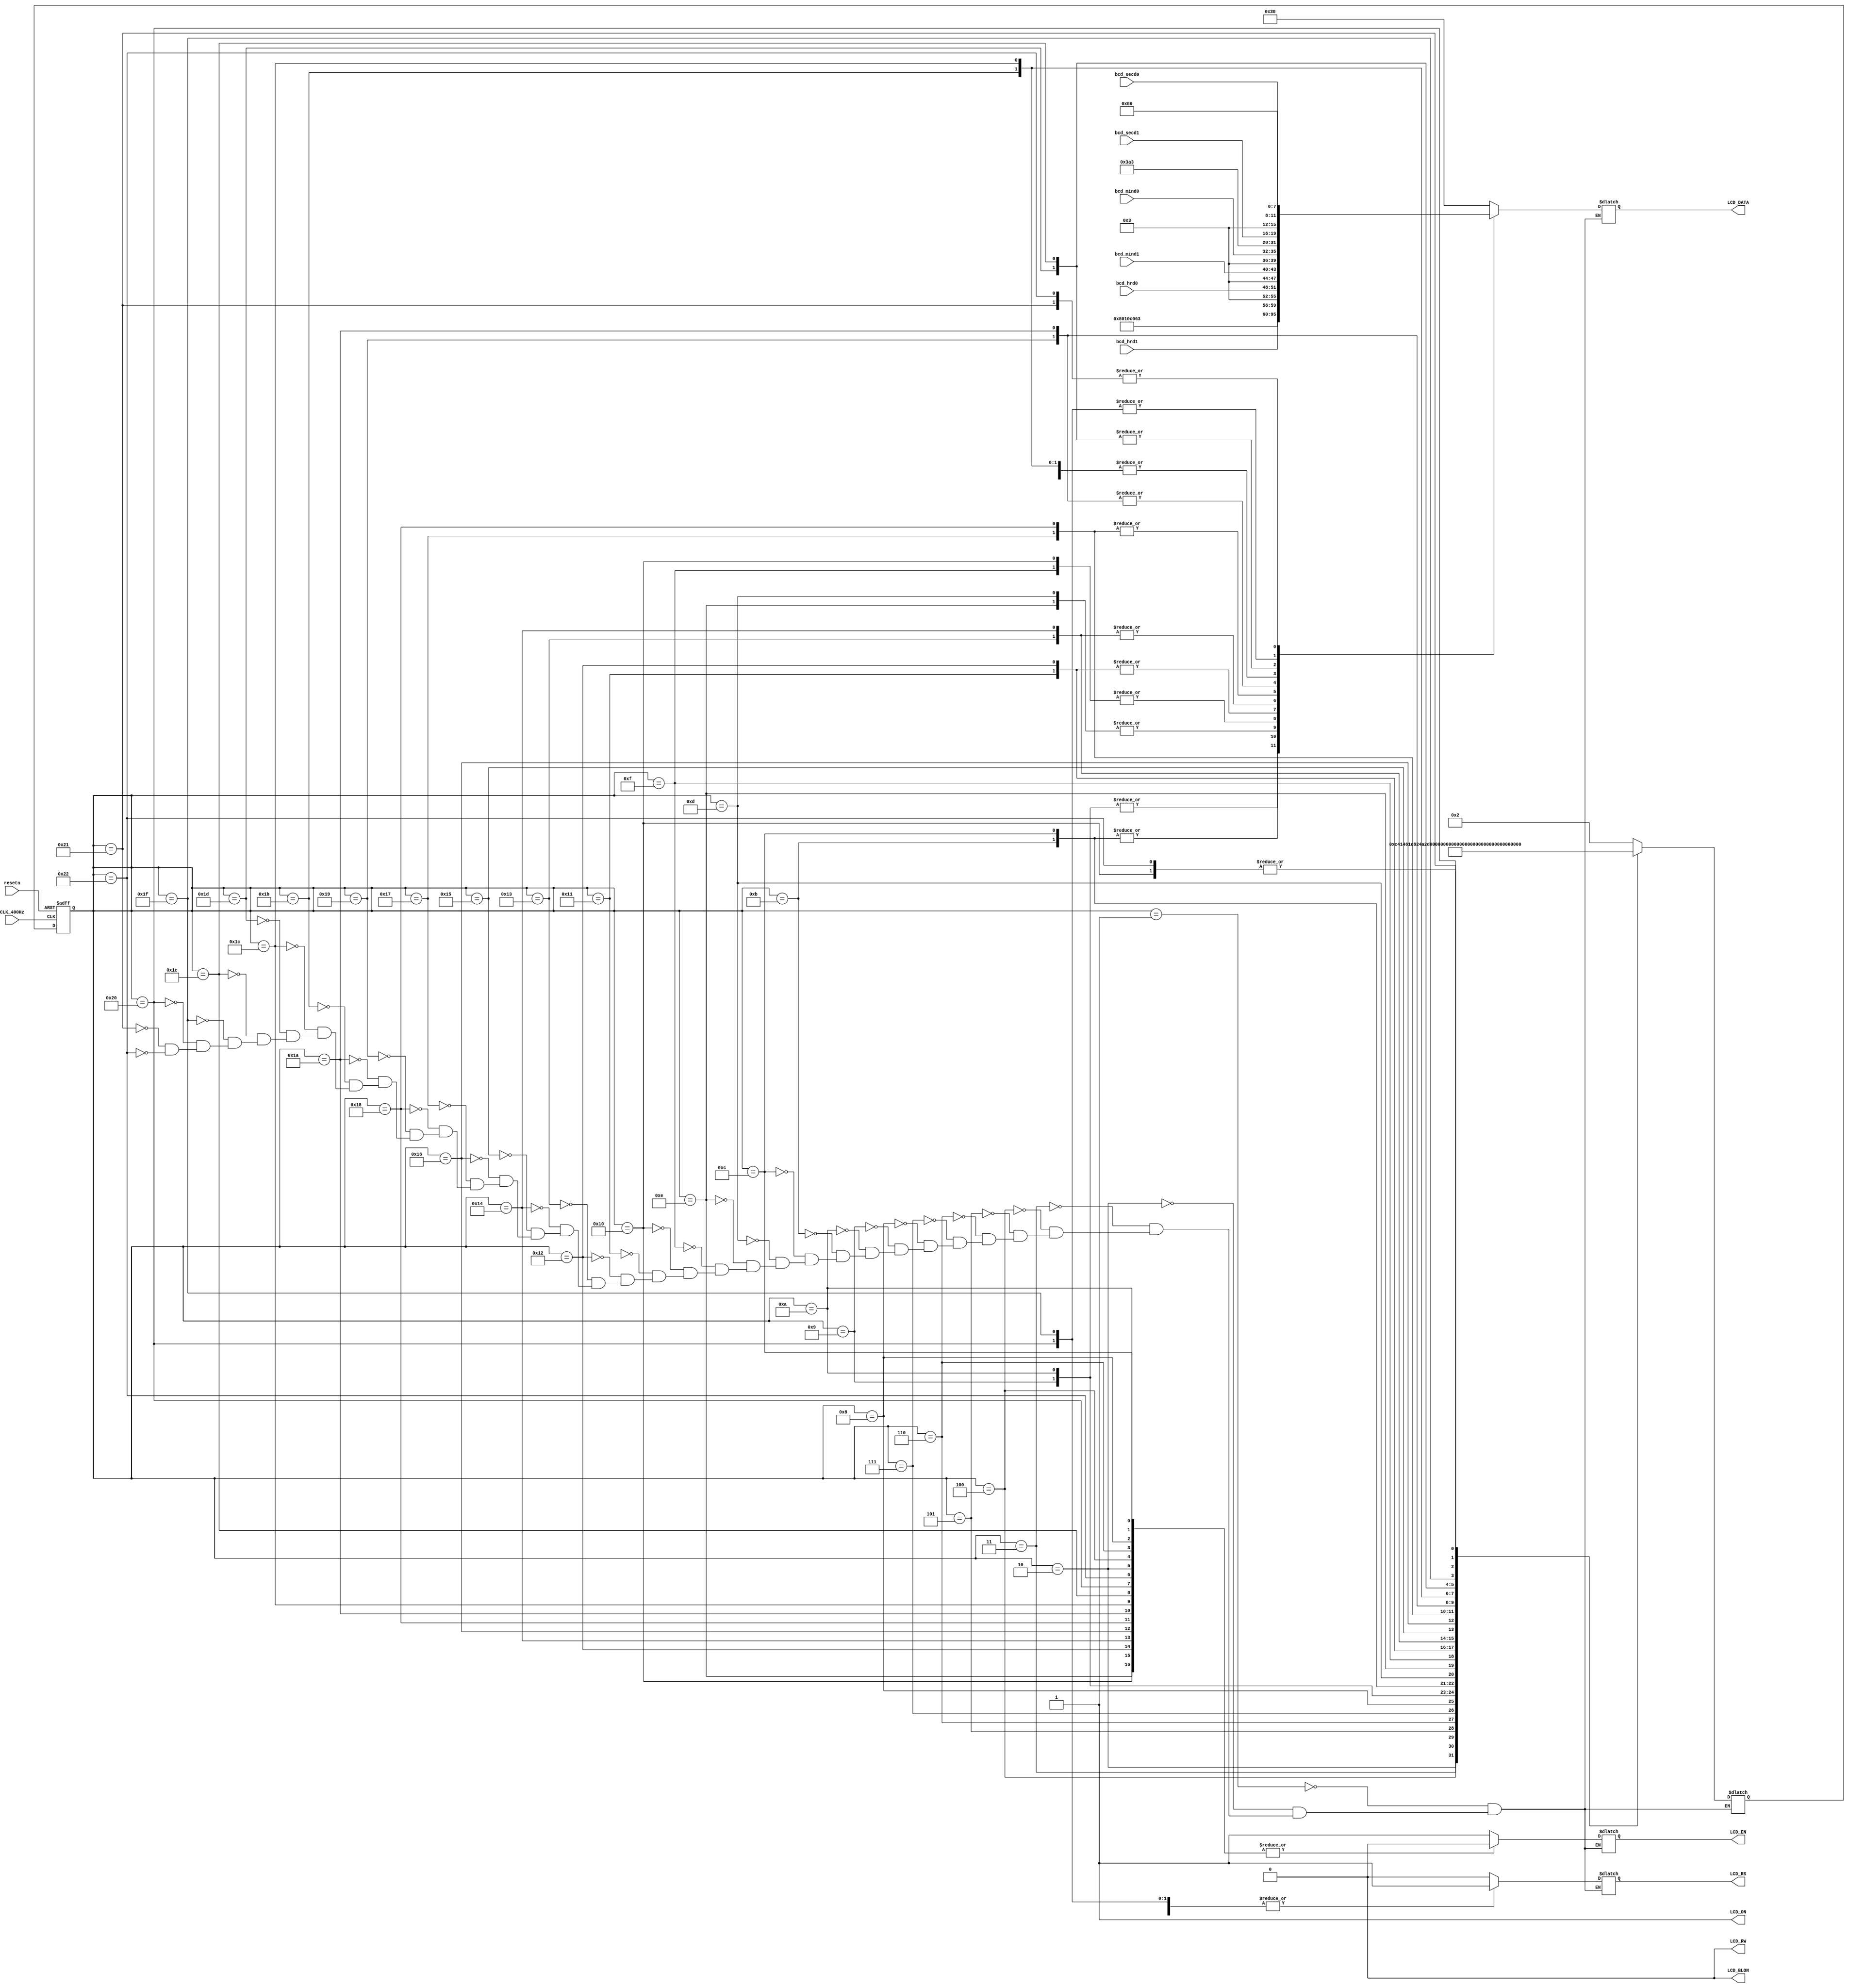
module fsm_lcd(
    CLK_400Hz, //   - 400 
    resetn,    //  ,   
    // ::,      - 
    bcd_hrd1, bcd_hrd0, bcd_mind1, bcd_mind0, bcd_secd1, bcd_secd0, // 
    LCD_ON, //       
    LCD_BLON, 
    LCD_RS, // Select registers, 0 -    , 
    // 1 -    
    LCD_EN, // Start data read/write - ,  /  
    //    1    0
    LCD_RW, // Select read or write, 0 - , 1 - . 
    LCD_DATA // 8-bit Data bus - 8-  
);

    //      
    input CLK_400Hz, resetn;
    input[3:0] bcd_hrd1, bcd_hrd0, bcd_mind1, bcd_mind0, bcd_secd1, bcd_secd0;
    output LCD_ON, LCD_BLON, LCD_RS, LCD_EN, LCD_RW;
    output[7:0] LCD_DATA;

    //   
    reg[5:0] p_state, n_state; //      
    // , 
    reg LCD_EN, LCD_RS; // ,     
    reg[7:0] LCD_DATA_VALUE;

    //    
    parameter[5:0] reset1 = 1, toggle_e1 = 2, reset2 = 3, toggle_e2 = 4, 
        reset3 = 5, toggle_e3 = 6, func_set = 7, toggle_e4 = 8, 
        display_off = 9, toggle_e5 = 10, display_clear = 11, toggle_e6 = 12,
        display_on = 13, toggle_e7 = 14, mode_set = 15, toggle_e8 = 16, 
        write_char1 = 17, toggle_e9 = 18, write_char2 = 19, toggle_e10 = 20,
        write_char3 = 21, toggle_e11 = 22, write_char4 = 23, toggle_e12 = 24,
        write_char5 = 25, toggle_e13 = 26, write_char6 = 27, toggle_e14 = 28,
        write_char7 = 29, toggle_e15 = 30, write_char8 = 31, toggle_e16 = 32,
        return_home = 33, toggle_e17 = 34;
    assign LCD_ON = 1; //  
    assign LCD_BLON = 0;
    assign LCD_RW = 0; //       
    //    ,   ,  
    //  ,   
    assign LCD_DATA = LCD_RW ? 8'bzzzzzzzz: LCD_DATA_VALUE;

    //     
    //       p_state
    always @(p_state) begin
        case (p_state)
            //   
            reset1: begin 
                n_state = toggle_e1; //   - toggle_e1
                //  ,    LCD_EN  1
                {LCD_EN, LCD_RS} = 2'b10;
                // Function set: DL=1, N=1, F=0 - 8-  , 
                // 2 ,   5*8
                LCD_DATA_VALUE = 8'h38; 
            end


            toggle_e1 : begin
                n_state = reset2;
                //  :    
                // LCD_EN  0,  LCD_RS  0 (   
                //  )
                {LCD_EN, LCD_RS} = 2'b00;
                LCD_DATA_VALUE = 8'h38; 
            end

            reset2 : begin
                n_state = toggle_e2;
                {LCD_EN, LCD_RS} = 2'b10; 
                LCD_DATA_VALUE = 8'h38; // Function set: DL=1, N=1, F=0
            end
            toggle_e2 : begin
                n_state = reset3;
                {LCD_EN, LCD_RS} = 2'b00; 
                LCD_DATA_VALUE = 8'h38; // Function set: DL=1, N=1, F=0
            end

            reset3 : begin
                n_state = toggle_e3;
                {LCD_EN, LCD_RS} = 2'b10; 
                LCD_DATA_VALUE = 8'h38; // Function set: DL=1, N=1, F=0
            end
            toggle_e3 : begin
                n_state = func_set;
                {LCD_EN, LCD_RS} = 2'b00; 
                LCD_DATA_VALUE = 8'h38; 
            end

            func_set : begin
                n_state = toggle_e4;
                {LCD_EN, LCD_RS} = 2'b10; 
                LCD_DATA_VALUE = 8'h38; // Function set: DL=1, N=1, F=0
            end
            toggle_e4 : begin
                n_state = display_off;
                {LCD_EN, LCD_RS} = 2'b00; 
                LCD_DATA_VALUE = 8'h38; 
            end

            display_off : begin
                n_state = toggle_e5;
                {LCD_EN, LCD_RS} = 2'b10;
                // Display off: D=0, C=0, B=0 ( ,  
                //   )
                LCD_DATA_VALUE = 8'h08;
            end
            toggle_e5 : begin
                n_state = display_clear;
                {LCD_EN, LCD_RS} = 2'b00;
                LCD_DATA_VALUE = 8'h08;
            end

            display_clear: begin
                n_state = toggle_e6;
                {LCD_EN, LCD_RS} = 2'b10; 
                LCD_DATA_VALUE = 8'h01; // Display clear
            end


            toggle_e6 : begin
                n_state = display_on;
                {LCD_EN, LCD_RS} = 2'b00; 
                LCD_DATA_VALUE = 8'h01; 
            end

            display_on : begin
                n_state = toggle_e7;
                {LCD_EN, LCD_RS} = 2'b10;
                // Display on: D=1, C=0, B=0 ( ,   
                //   )
                LCD_DATA_VALUE = 8'h0c; 
            end
            toggle_e7 : begin
                n_state = mode_set;
                {LCD_EN, LCD_RS} = 2'b00; 
                LCD_DATA_VALUE = 8'h0c; 
            end

            mode_set : begin
                n_state = toggle_e8;
                {LCD_EN, LCD_RS} = 2'b10;
                // Entry mode set: I/D=1, S=0 (    
                // ,   )
                LCD_DATA_VALUE = 8'h06; 
            end
            toggle_e8 : begin
                n_state = write_char1;
                {LCD_EN, LCD_RS} = 2'b00; 
                LCD_DATA_VALUE = 8'h06; 
            end

            write_char1 : begin
                n_state = toggle_e9;
                //  :    
                // LCD_EN  0,  LCD_RS  1 (   
                //  )
                {LCD_EN, LCD_RS} = 2'b11;
                //    0  9   0011,
                //   -   
                //    
                LCD_DATA_VALUE = { 4'b0011, bcd_hrd1}; 
            end
            toggle_e9 : begin
                n_state = write_char2;
                {LCD_EN, LCD_RS} = 2'b01; 
                LCD_DATA_VALUE = { 4'b0011, bcd_hrd1};
            end //     

            write_char2 : begin
                n_state = toggle_e10;
                {LCD_EN, LCD_RS} = 2'b11;
                //    
                LCD_DATA_VALUE = { 4'b0011, bcd_hrd0};
            end
            toggle_e10 : begin
                n_state = write_char3;
                {LCD_EN, LCD_RS} = 2'b01; 
                LCD_DATA_VALUE = { 4'b0011, bcd_hrd0}; 
            end //     


            write_char3 : begin
                n_state = toggle_e11;
                {LCD_EN, LCD_RS} = 2'b11; 
                LCD_DATA_VALUE = 8'h3a; //   ":"
            end
            toggle_e11 : begin
                n_state = write_char4;
                {LCD_EN, LCD_RS} = 2'b01; 
                LCD_DATA_VALUE = 8'h3a; 
            end //    ":"

            write_char4 : begin
                n_state = toggle_e12;
                {LCD_EN, LCD_RS} = 2'b11;
                //    
                LCD_DATA_VALUE = { 4'b0011, bcd_mind1};
            end
            toggle_e12 : begin
                n_state = write_char5;
                {LCD_EN, LCD_RS} = 2'b01; 
                LCD_DATA_VALUE = { 4'b0011, bcd_mind1};
            end //     

            write_char5 : begin
                n_state = toggle_e13;
                {LCD_EN, LCD_RS} = 2'b11;
                //    
                LCD_DATA_VALUE = { 4'b0011, bcd_mind0};
            end
            toggle_e13 : begin
                n_state = write_char6; 
                {LCD_EN, LCD_RS} = 2'b01; 
                LCD_DATA_VALUE = { 4'b0011, bcd_mind0}; 
            end //     

            write_char6 : begin
                n_state = toggle_e14;
                {LCD_EN, LCD_RS} = 2'b11; 
                LCD_DATA_VALUE = 8'h3a; //   ":"
            end
            toggle_e14 : begin
                n_state = write_char7;
                {LCD_EN, LCD_RS} = 2'b01; 
                LCD_DATA_VALUE = 8'h3a; 
            end //    ":"

            write_char7 : begin
                n_state = toggle_e15;
               {LCD_EN, LCD_RS} = 2'b11; 
               //    
               LCD_DATA_VALUE = { 4'b0011, bcd_secd1};
            end
            toggle_e15 : begin
                n_state = write_char8;
                {LCD_EN, LCD_RS} = 2'b01; 
                LCD_DATA_VALUE = { 4'b0011, bcd_secd1}; 
            end //     





            write_char8 : begin
                n_state = toggle_e16;
                {LCD_EN, LCD_RS} = 2'b11; 
                //    
                LCD_DATA_VALUE = { 4'b0011, bcd_secd0};
            end
            toggle_e16 : begin
                n_state = return_home; 
                {LCD_EN, LCD_RS} = 2'b01; 
                LCD_DATA_VALUE = { 4'b0011, bcd_secd0}; 
            end //     

            return_home : begin
                n_state = toggle_e17;
                {LCD_EN, LCD_RS} = 2'b10;//  
                // Set DDRAM address -    
                // 00h -   
                LCD_DATA_VALUE = 8'h80; 
            end
            toggle_e17 : begin
                n_state = write_char1; //     
                {LCD_EN, LCD_RS} = 2'b00; 
                LCD_DATA_VALUE = 8'h80;
            end
        endcase
    end

//    
    always @ (posedge CLK_400Hz, negedge resetn) begin
        if (resetn == 0) begin
            p_state <= reset1;
        end
        else
            p_state <= n_state;
    end
endmodule